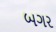
બગર